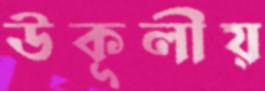
উকূলীয়